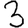
Digit: 3